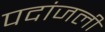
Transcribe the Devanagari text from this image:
पदांजली